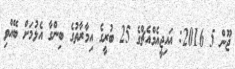
ޖޫން 5 2016: އައިޖީއެމްއެޗްގެ 25 ބުރީގެ އިމާރާތުގެ ބިންގާ އެޅުމަށް ބޭއްވި